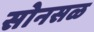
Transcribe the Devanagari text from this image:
सोनसळ